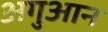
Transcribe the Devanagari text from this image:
अगुआन